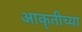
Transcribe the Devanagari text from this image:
आकृतीच्या